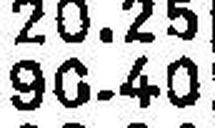
90.40